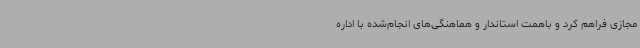
مجازی فراهم کرد و باهمت استاندار و هماهنگی‌های انجام‌شده با اداره